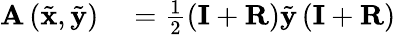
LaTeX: \begin{array}{rl}{\mathbf{A}\left(\tilde{\mathbf{x}},\tilde{\mathbf{y}}\right)}&{{}=\frac{1}{2}\left(\mathbf{I}+\mathbf{R}\right)\tilde{\mathbf{y}}\left(\mathbf{I}+\mathbf{R}\right)}\end{array}